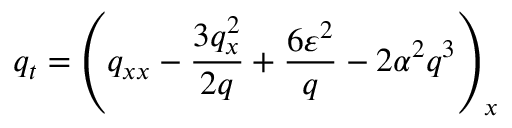
q _ { t } = \left( q _ { x x } - \frac { 3 q _ { x } ^ { 2 } } { 2 q } + \frac { 6 \varepsilon ^ { 2 } } { q } - 2 \alpha ^ { 2 } q ^ { 3 } \right) _ { x }